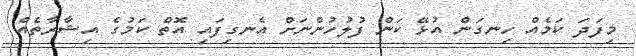
މިފަދަ ކަމެއް ހިނގަން އުޅޭ ކަން ފުލުހުންނަށް އެނގިފައި އޮތް ކަމުގެ އިޝާރާތެއް